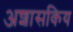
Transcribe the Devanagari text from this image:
अशासकिय